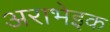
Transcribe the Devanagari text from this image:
अराभेइक